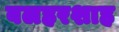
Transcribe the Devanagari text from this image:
बलहरशाह